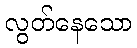
လွတ်နေသော